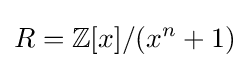
R=\mathbb {Z} [x]/(x^{n}+1)